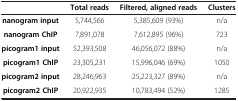
|  | Total reads | Filtered, aligned reads | Clusters |
 | --- | --- | --- | --- |
 | nanogram input | 5,744,566 | 5,385,609 (93%) | n/a |
 | nanogram ChIP | 7,891,078 | 7,612,895 (96%) | 723 |
 | picogram1 input | 52,393,508 | 46,056,072 (88%) | n/a |
 | picogram1 ChIP | 23,305,231 | 15,996,046 (69%) | 1050 |
 | picogram2 input | 28,246,963 | 25,223,327 (89%) | n/a |
 | picogram2 ChIP | 20,922,935 | 10,783,494 (52%) | 1285 |